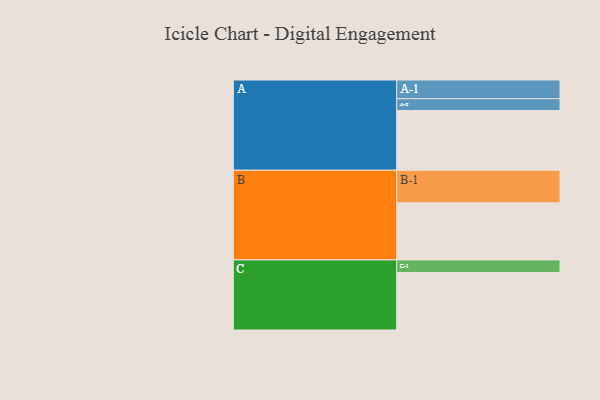
{"axis": {"x": "Segment", "y": "Value"}, "legend": ["", "A", "B", "C"], "data": [{"x": "A", "y": 409, "type": ""}, {"x": "B", "y": 391, "type": ""}, {"x": "C", "y": 394, "type": ""}, {"x": "A-1", "y": 128, "type": "A"}, {"x": "A-2", "y": 81, "type": "A"}, {"x": "B-1", "y": 223, "type": "B"}, {"x": "C-1", "y": 86, "type": "C"}]}